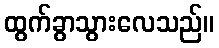
ထွက်ခွာသွားလေသည်။